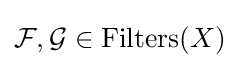
{\mathcal {F}},{\mathcal {G}}\in \operatorname {Filters} (X)